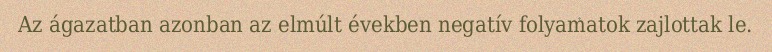
Az ágazatban azonban az elmúlt években negatív folyamatok zajlottak le.